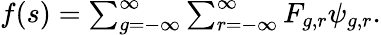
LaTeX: \begin{array}{r}{f(s)=\sum_{g=-\infty}^{\infty}\sum_{r=-\infty}^{\infty}F_{g,r}\psi_{g,r}.}\end{array}